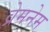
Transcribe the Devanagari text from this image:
व्रेमनेम